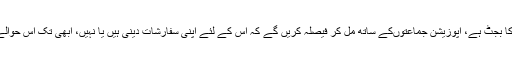
انہوں نے کہا کہ یہ بجٹ خسارے کا بجٹ ہے، اپوزیشن جماعتوںکے ساتھ مل کر فیصلہ کریں گے کہ اس کے لئے اپنی سفارشات دینی ہیں یا نہیں، ابھی تک اس حوالے سے ہم نے کوئی فیصلہ نہیں کیا۔